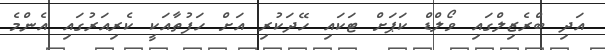
އަދި ބްރެޒިލްގައި ވޯލްޑް ކަޕަށް ޓަކައި ހޭދަކުރި އަށް ހަފުތާއަކީ ކެރިއަރުގައި އެންމެ